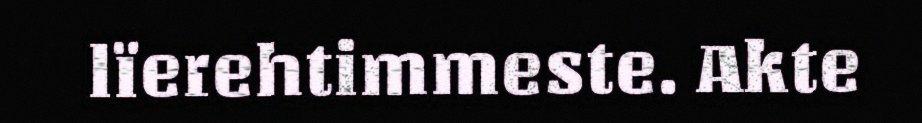
lïerehtimmeste. Akte